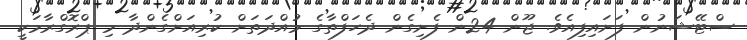
ސްޓޭޝަނުން ފަށައިފިއެވެ. ޖޫން 24ން ފެށިގެން ދެހަފްތާގެ މުއްދަތަށް ކުރިއަށްގެންދާ މި ޕްރޮގްރާމަކީ